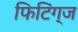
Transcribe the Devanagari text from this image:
फिटिंग्ज